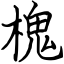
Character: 槐